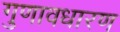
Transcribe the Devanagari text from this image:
गुणावधारण